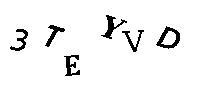
3TEYVD